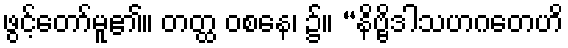
ဖွင့်တော်မူ၏။ တတ္ထ ဝစနေ၊ ၌။ “နိဗ္ဗိဒါသဟဂတေဟိ